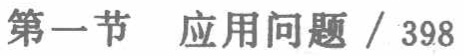
第一节 应用问题 / 398